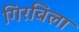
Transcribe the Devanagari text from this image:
गिरविला